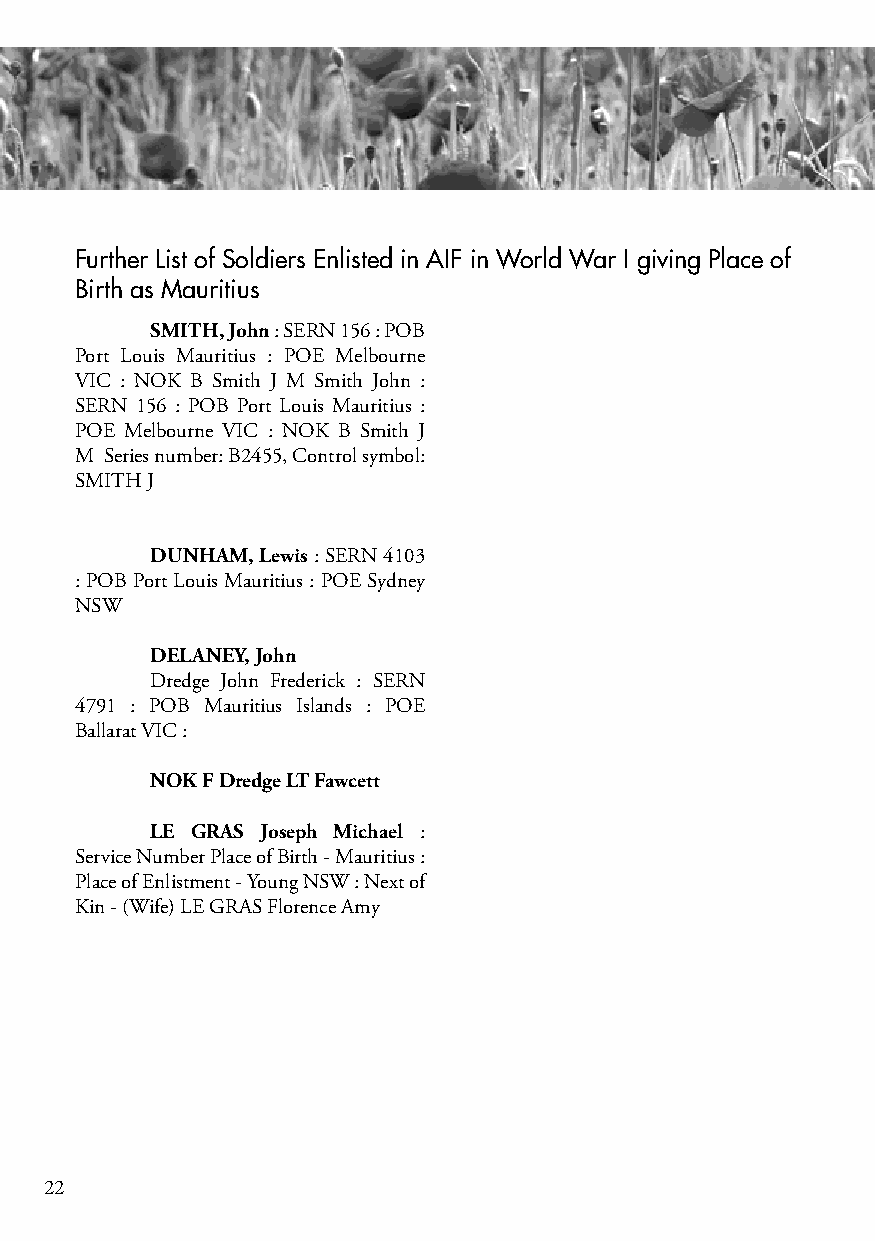
Further List of Soldiers Enlisted in AIF in World War I giving Place of
 Birth as Mauritius
 SMITH, John : SERN 156 : POB
 Port Louis Mauritius : POE Melbourne
 VIC : NOK B Smith J M Smith John :
 SERN 156 : POB Port Louis Mauritius :
 POE Melbourne VIC : NOK B Smith J
 M Series number: B2455, Control symbol:
 SMITH J
 DUNHAM, Lewis : SERN 4103
 : POB Port Louis Mauritius : POE Sydney
 NSW
 DELANEy, John
 Dredge John Frederick : SERN
 4791 : POB Mauritius Islands : POE
 Ballarat VIC :
 NOK F Dredge LT Fawcett
 LE GRAS Joseph Michael :
 Service Number Place of Birth - Mauritius :
 Place of Enlistment - Young NSW : Next of
 Kin - (Wife) LE GRAS Florence Amy
 22